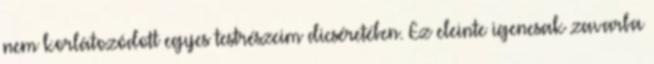
nem korlátozódott egyes testrészeim dicséretében. Ez eleinte igencsak zavarba